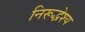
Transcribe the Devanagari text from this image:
निरूद्धेश्य